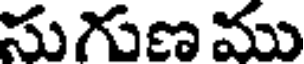
సుగుణ ము